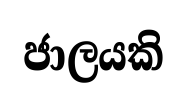
ජාලයකි